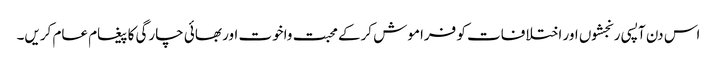
اس دن آپسی رنجشوں اور اختلافات کو فراموش کرکے محبت واخوت اور بھائی چارگی کا پیغام عام کریں۔